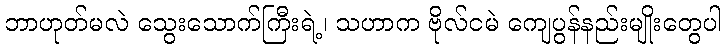
ဘာဟုတ်မလဲ သွေးသောက်ကြီးရဲ့၊ သဟာက ဗိုလ်ငမဲ ကျေပွန်နည်းမျိုးတွေပါ